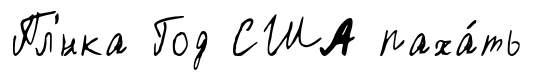
Пл'́нка Год США паха́ть